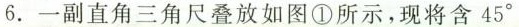
6.一副直角三角尺叠放如图①所示，现将含45°